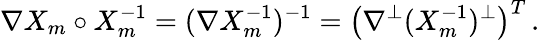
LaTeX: \nabla X_{m}\circ X_{m}^{-1}=(\nabla X_{m}^{-1})^{-1}=\bigl(\nabla^{\perp}(X_{m}^{-1})^{\perp}\bigr)^{T}\, .